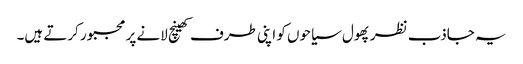
یہ جاذب نظر پھول سیاحوں کو اپنی طرف کھینچ لانے پر مجبور کرتے ہیں۔